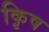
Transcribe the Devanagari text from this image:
कृिष